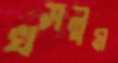
খসলুম